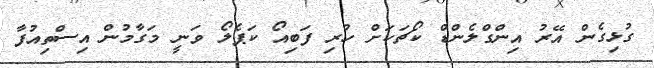
ގުޅިގެން އޭރު އިންގްލެންޑް ކޯޗަކަށް ހުރި ފަބިއޯ ކަޕެލޯ ވަނީ މަގާމުން އިސްތިއުފާ